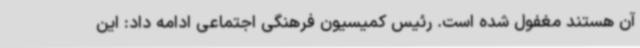
آن هستند مغفول شده است. رئیس کمیسیون فرهنگی اجتماعی ادامه داد: این